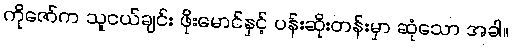
ကိုဇော်က သူငယ်ချင်း ဖိုးမောင်နှင့် ပန်းဆိုးတန်းမှာ ဆုံသော အခါ။